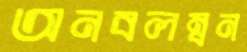
অনবলম্বন